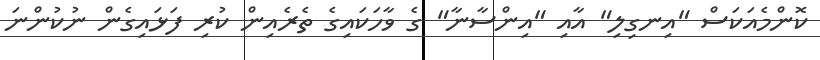
ކޮންމެއަކަސް "އިނގިލި" އާއި "އިންސާނާ" ގެ ވާހަކައިގެ ތެރެއިން ކުރި ފަޅައިގެން ނުކުންނަ